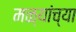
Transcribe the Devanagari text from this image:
मळ्यांच्या